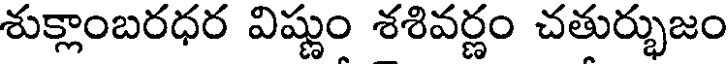
శుక్లాంబరధర విష్ణుం శశివర్ణం చతుర్భుజం